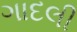
ગાદલી